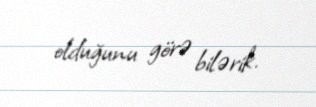
olduğunu görə bilərik.